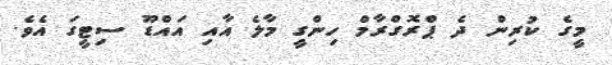
މީގެ ކުރިން ދެ ޕްރޮގްރާމް ހިންގީ މާލެ އާއި އައްޑޫ ސިޓީގަ އެވެ.